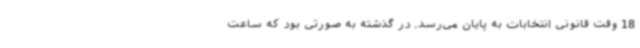
18 وقت قانونی انتخابات به پایان می‌رسد. در گذشته به صورتی بود که ساعت